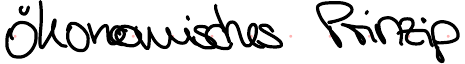
ökonomisches Prinzip